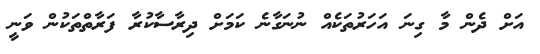
އަށް ދެން މާ ގިނަ އަހަރުތަކެއް ނުނަގާނެ ކަމަށް ދިރާސާކުރާ ފަރާތްތަކުން ވަނީ